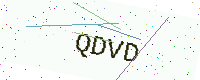
Text: QDVD